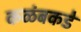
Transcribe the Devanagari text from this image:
कळंबकडे